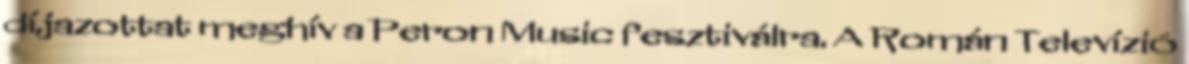
díjazottat meghív a Peron Music fesztiválra. A Román Televízió